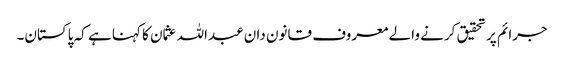
جرائم پر تحقیق کرنے والے معروف قانون دان عبداللہ عثمان کا کہنا ہے کہ پاکستان۔